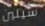
سيلين